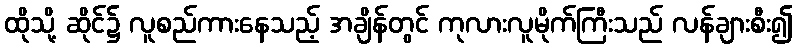
ထိုသို့ ဆိုင်၌ လူစည်ကားနေသည့် အချိန်တွင် ကုလားလူမိုက်ကြီးသည် လန်ချားစီး၍